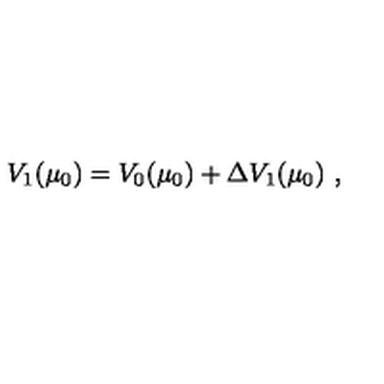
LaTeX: V _ { 1 } ( \mu _ { 0 } ) = V _ { 0 } ( \mu _ { 0 } ) + { \Delta } V _ { 1 } ( \mu _ { 0 } ) \ ,